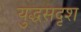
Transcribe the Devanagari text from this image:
युद्धसदृश